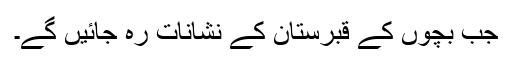
جب بچوں کے قبرستان کے نشانات رہ جائیں گے۔